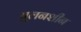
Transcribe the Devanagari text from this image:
घुलनशीन